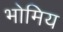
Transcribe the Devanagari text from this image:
भोमिय